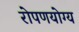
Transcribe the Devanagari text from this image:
रोपणयोग्य